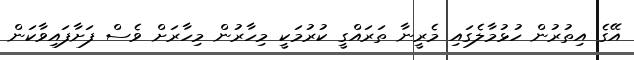
އޭގެ އިތުރުން ހުޅުމާލެގައި މެރީނާ ތަރައްގީ ކުރުމަކީ މިހާރުން މިހާރަށް ވެސް ފަށާފައިވާކަން